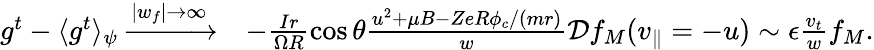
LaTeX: \begin{array}{rl}{g^{t}-\langle g^{t}\rangle_{\psi}\xrightarrow{|w_{f}|\rightarrow\infty}}&{-\frac{Ir}{\Omega R}\cos{\theta}\frac{u^{2}+\mu B-ZeR\phi_{c}/(mr)}{w}\mathcal{D}f_{M}(v_{\parallel}=-u)\sim\epsilon\frac{v_{t}}{w}f_{M}.}\end{array}